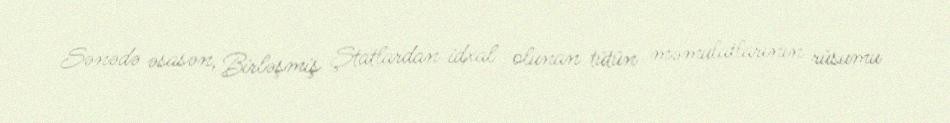
Sənədə əsasən, Birləşmiş Ştatlardan idxal olunan tütün məmulatlarının rüsumu